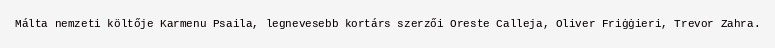
Málta nemzeti költője Karmenu Psaila, legnevesebb kortárs szerzői Oreste Calleja, Oliver Friġġieri, Trevor Zahra.